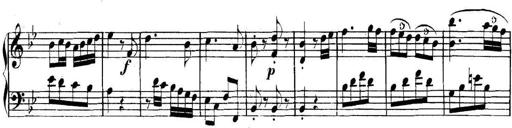
Title: Collected Piano Sonatas
Composer: Muzio Clementi